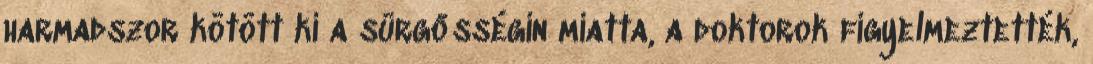
harmadszor kötött ki a sürgősségin miatta, a doktorok figyelmeztették,